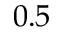
0 . 5